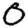
Digit: 0